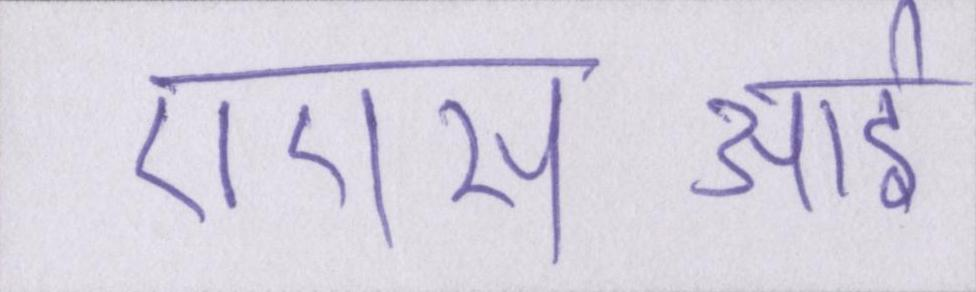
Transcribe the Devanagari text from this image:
एएसआई